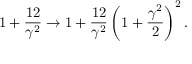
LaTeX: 1 + \frac { 1 2 } { \gamma ^ { 2 } } \to 1 + \frac { 1 2 } { \gamma ^ { 2 } } \left( 1 + \frac { \gamma ^ { 2 } } { 2 } \right) ^ { 2 } .